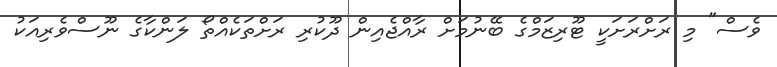
ވެސް" މި ރަށްރަށަކީ ޓޫރިޒަމްގެ ބޭނުމަށް ރާއްޖެއިން ދޫކުރި ރަށްތަކެއްތޯ ލަންކާގެ ނޫސްވެރިއަކު